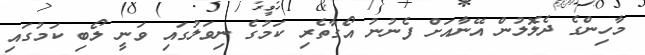
މާހިންގެ ދެލޮލުން އޭނާއަށް ފެނުނު އޯގާތެރި ކަމުގެ ނިވަލުގައި ވަނީ ލޯބި ކަމުގައި